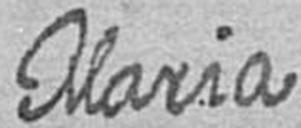
Maria